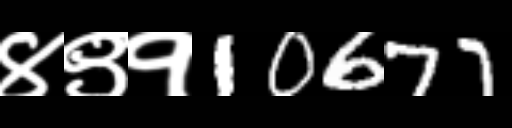
Text: ४९१10677